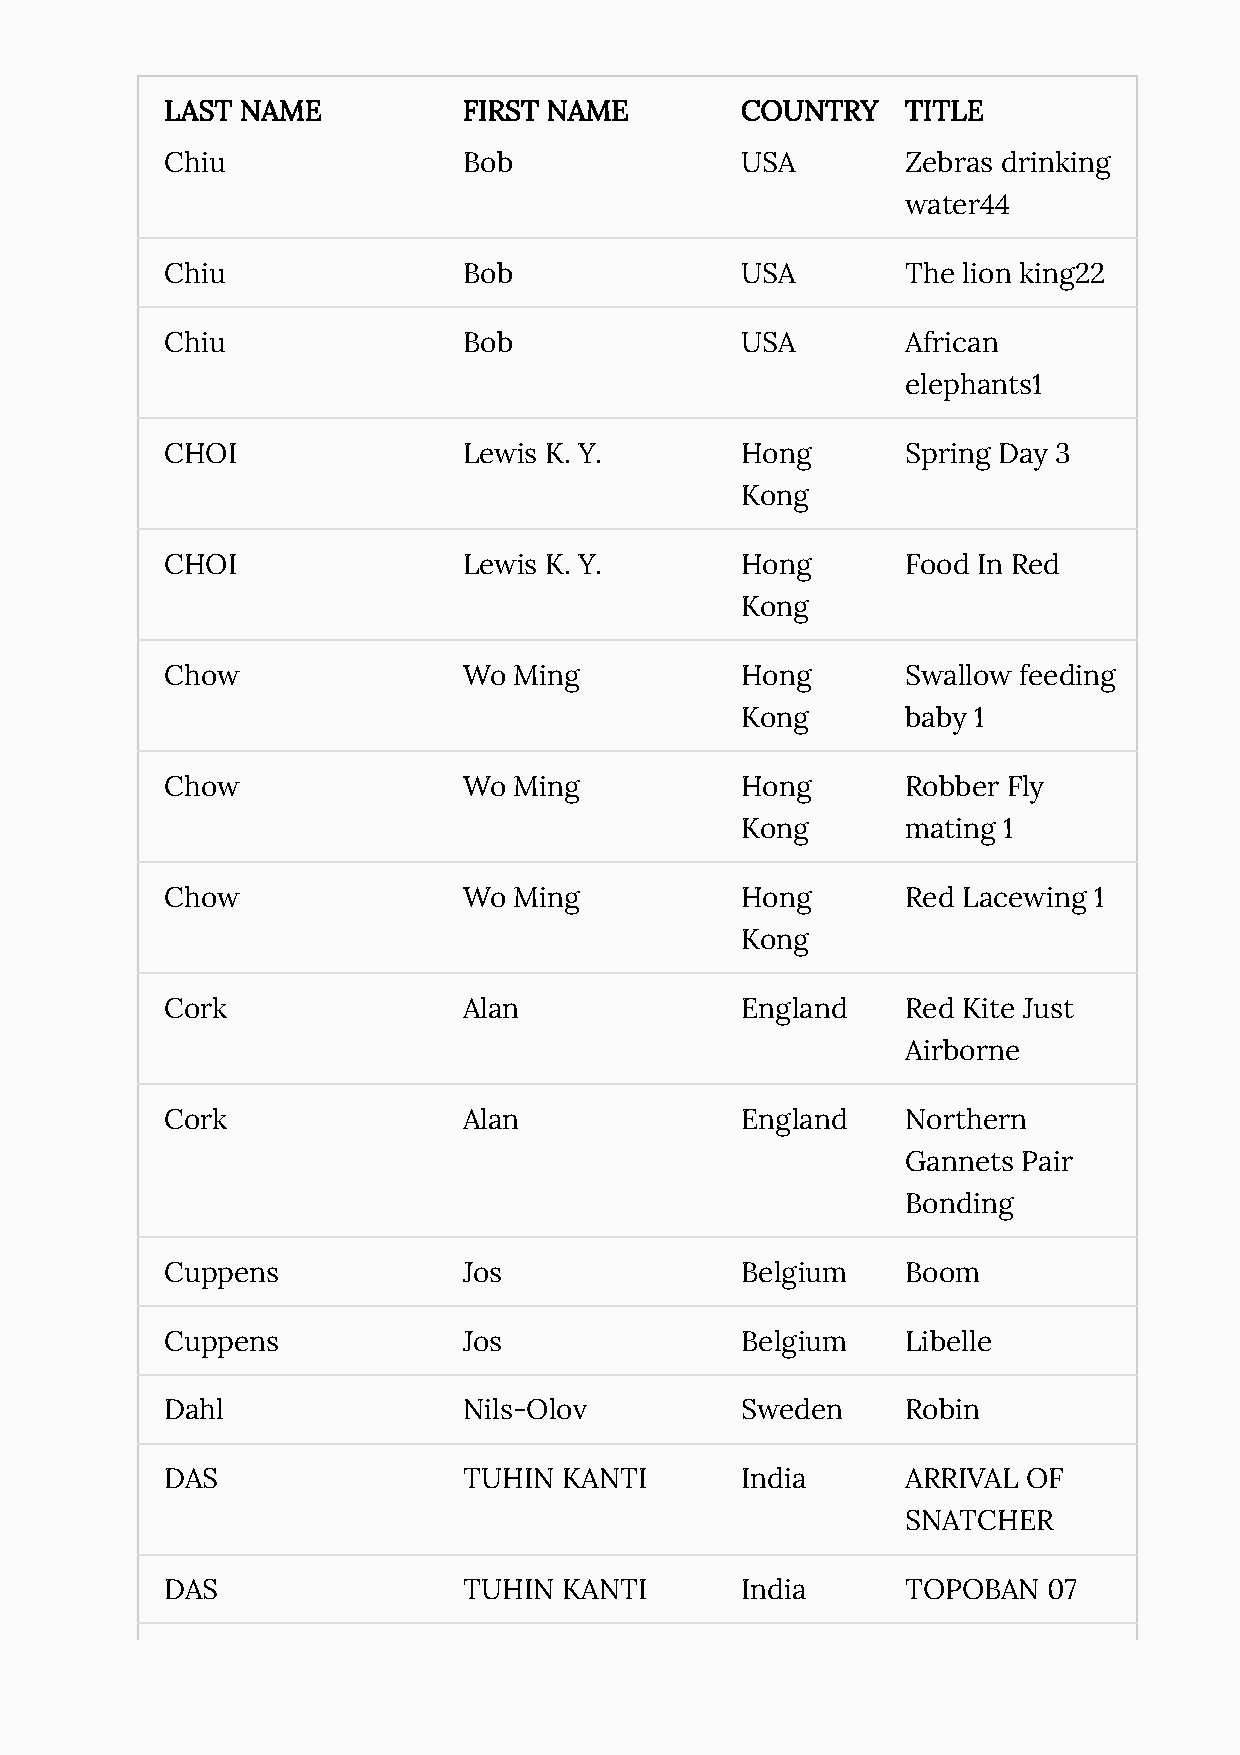
LAST NAME           FIRST NAME        COUNTRY    TITLE
 Chiu                Bob               USA        Zebras drinking
 water44
 Chiu                Bob               USA        The lion king22
 Chiu                Bob               USA        African
 elephants1
 CHOI                Lewis K. Y.       Hong       Spring Day 3
 Kong
 CHOI                Lewis K. Y.       Hong       Food In Red
 Kong
 Chow                Wo Ming           Hong       Swallow feeding
 Kong       baby 1
 Chow                Wo Ming           Hong       Robber Fly
 Kong       mating 1
 Chow                Wo Ming           Hong       Red Lacewing 1
 Kong
 Cork                Alan              England    Red Kite Just
 Airborne
 Cork                Alan              England    Northern
 Gannets Pair
 Bonding
 Cuppens             Jos               Belgium    Boom
 Cuppens             Jos               Belgium    Libelle
 Dahl                Nils-Olov         Sweden     Robin
 DAS                 TUHIN KANTI       India      ARRIVAL OF
 SNATCHER
 DAS                 TUHIN KANTI       India      TOPOBAN  07
 DAS                 TUHIN KANTI       India      PINK FLIGHT